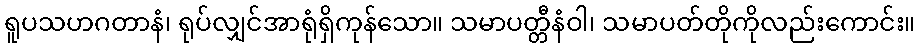
ရူပသဟဂတာနံ၊ ရုပ်လျှင်အာရုံရှိကုန်သော။ သမာပတ္တီနံဝါ၊ သမာပတ်တိုကိုလည်းကောင်း။